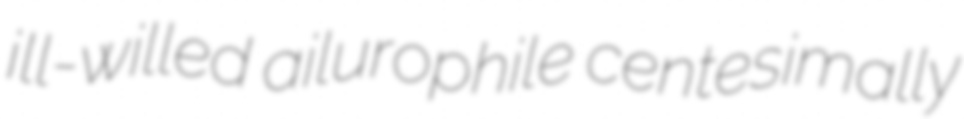
ill-willed ailurophile centesimally